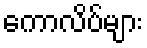
ကောလိပ်များ